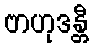
ဗာဟုဒန္တီ